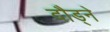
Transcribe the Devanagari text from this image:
दौड्ने